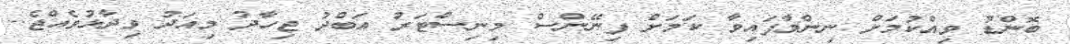
ބޮންޑު ވިއްކުމަށް ނިންމާފައިވާ ކަމަށް ފިނޭންސް މިނިސްޓަރު އަބްދު ޖިހާދު މިއަދު ވިދާޅުވެއްޖެ..